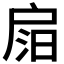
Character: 𢩎